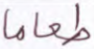
طعاما